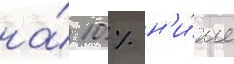
на́ 10 % н'и́же